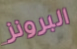
البرونز